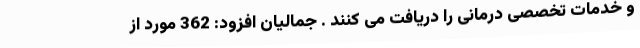
و خدمات تخصصی درمانی را دریافت می کنند . جمالیان افزود: 362 مورد از